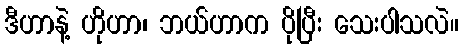
ဒီဟာနဲ့ ဟိုဟာ၊ ဘယ်ဟာက ပိုပြီး သေးပါသလဲ။